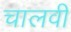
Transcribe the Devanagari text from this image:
चालवी